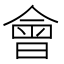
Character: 會